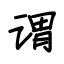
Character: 谓